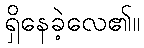
ရှိနေခဲ့လေ၏။